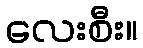
လေးစီး။